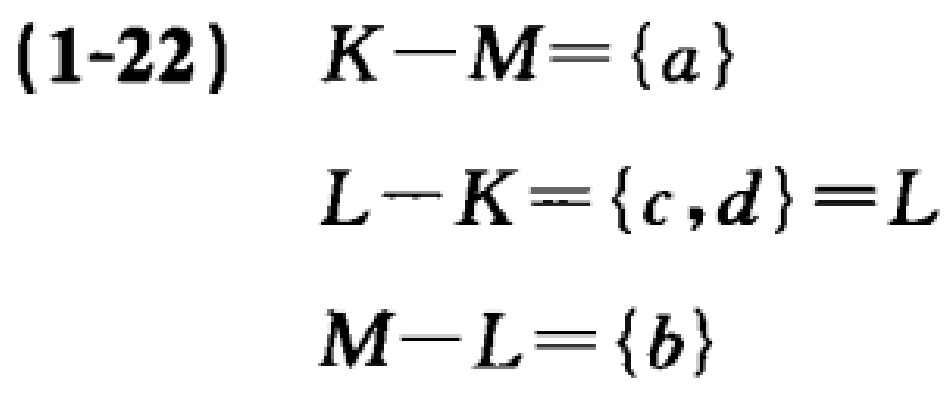
(1-22) \(K - M = \{a\}\)
\(L - K = \{c,d\} = L\)
\(M - L = \{b\}\)